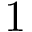
1